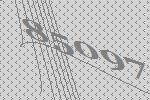
85097